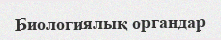
Биологиялық органдар